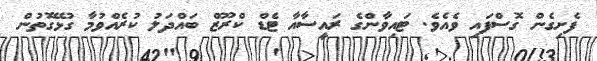
ފެށިގެން ގޮސްފައި ވެއެވެ. ޓައިވާންގެ ރައީސާއާ ޓެޑް ކްރޫޒް ބައްދަލު ކުރެއްވުމާ ގުޅޭގޮތުން